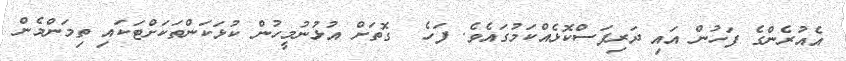
އެއުރެންގެ ފަހުން އައި ދަރިފަސްކޮޅެއްކަމުގައެވެ. ފަހެ  ގޮތަށް އުޅުނުމީހުން ކުޅަކަންތަކަށްޓަކައި ތިމަންމެން